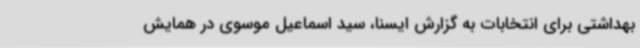
بهداشتی برای انتخابات به گزارش ایسنا، سید اسماعیل موسوی در همایش